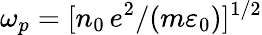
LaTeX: \omega_{p}=[n_{0}\, e^{2}/(m\varepsilon_{0})]^{1/2}